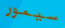
سيمور